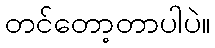
တင်တော့တာပါပဲ။